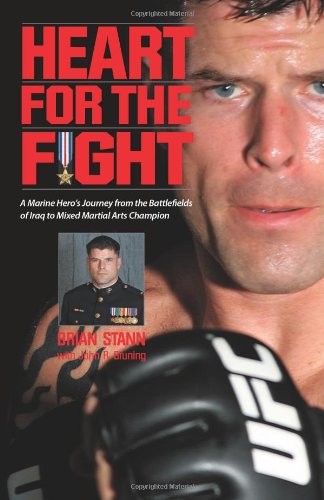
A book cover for Heart for the Fight: A Marine Hero's Journey from the Battlefields of Iraq to Mixed Martial Arts Champion; Brian Stann; Sports & Outdoors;